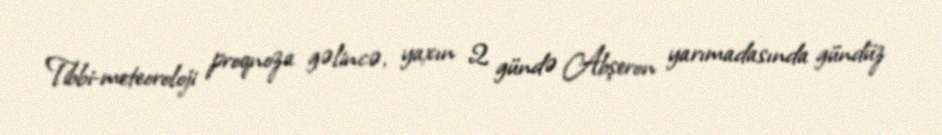
Tibbi-meteoroloji proqnoza gəlincə, yaxın 2 gündə Abşeron yarımadasında gündüz